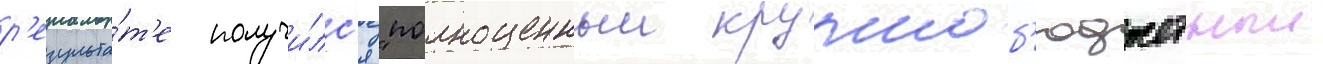
р'езульта́т'е получи́лс'я "полноценныи крупноб'юджетныи